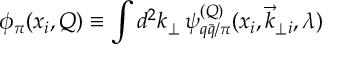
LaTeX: \phi _ { \pi } ( x _ { i } , Q ) \equiv \int d ^ { 2 } k _ { \perp } \, \psi _ { q \bar { q } / \pi } ^ { ( Q ) } ( x _ { i } , \vec { k } _ { \perp i } , \lambda )